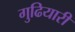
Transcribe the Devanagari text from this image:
गुढियारी